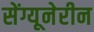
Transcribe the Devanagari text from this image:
सेंग्यूनेरीन